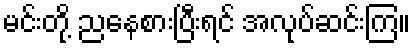
မင်းတို့ ညနေစားပြီးရင် အလုပ်ဆင်းကြ။